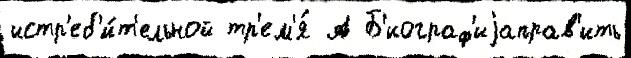
истр'еб'и́т'ельной тр'ем'я́ А Б'иограф'иjаправ'ить